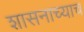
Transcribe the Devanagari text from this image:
शासनाच्याच